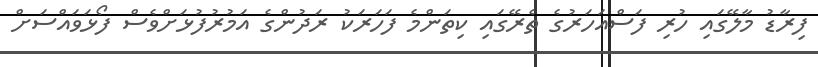
ފިރާޑު މާލޭގައި ހުރި ފަސްއަހަރުގެ ތެރޭގައި ކިތަންމެ ފަހަރަކު ރަދުންގެ އަމުރުފުޅަށްވެސް ފޯޅަވައްސަށް